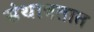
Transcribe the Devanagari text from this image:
संथावतात